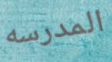
المدرسه